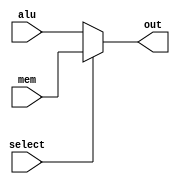
`timescale 1ns / 1ps
//////////////////////////////////////////////////////////////////////////////////
// Company: 
// Engineer: 
// 
// Design Name: 
// Module Name: MUX_Mem_OR_ALU
// Project Name: 
// Target Devices: 
// Tool Versions: 
// Description: 
// 
// Dependencies: 
// 
// Revision:
// Revision 0.01 - File Created
// Additional Comments:
// 
//////////////////////////////////////////////////////////////////////////////////


module MUX_Mem_OR_ALU(
	output [63:0] out,
	input[63:0] mem, alu,
	input select
);

	assign out = select ? mem : alu;

endmodule